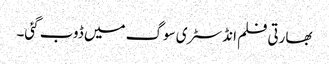
بھارتی فلم انڈسٹری سوگ میں ڈوب گئی۔